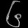
Digit: ၆